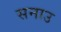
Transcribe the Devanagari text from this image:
सनाउ